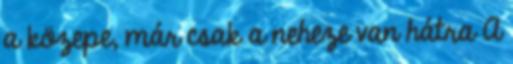
a közepe, már csak a neheze van hátra A